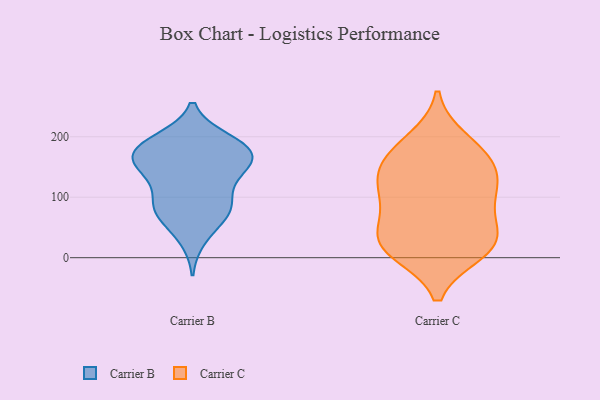
{"axis": {"x": "Satisfaction Score", "y": "Value"}, "legend": ["Carrier B", "Carrier C"], "data": [{"x": "", "y": 194, "type": "Carrier B"}, {"x": "", "y": 164, "type": "Carrier B"}, {"x": "", "y": 168, "type": "Carrier B"}, {"x": "", "y": 180, "type": "Carrier B"}, {"x": "", "y": 141, "type": "Carrier B"}, {"x": "", "y": 195, "type": "Carrier B"}, {"x": "", "y": 126, "type": "Carrier B"}, {"x": "", "y": 67, "type": "Carrier B"}, {"x": "", "y": 181, "type": "Carrier B"}, {"x": "", "y": 32, "type": "Carrier B"}, {"x": "", "y": 76, "type": "Carrier B"}, {"x": "", "y": 90, "type": "Carrier B"}, {"x": "", "y": 82, "type": "Carrier B"}, {"x": "", "y": 153, "type": "Carrier B"}, {"x": "", "y": 175, "type": "Carrier B"}, {"x": "", "y": 148, "type": "Carrier B"}, {"x": "", "y": 87, "type": "Carrier B"}, {"x": "", "y": 194, "type": "Carrier C"}, {"x": "", "y": 103, "type": "Carrier C"}, {"x": "", "y": 162, "type": "Carrier C"}, {"x": "", "y": 25, "type": "Carrier C"}, {"x": "", "y": 10, "type": "Carrier C"}, {"x": "", "y": 58, "type": "Carrier C"}, {"x": "", "y": 37, "type": "Carrier C"}, {"x": "", "y": 175, "type": "Carrier C"}, {"x": "", "y": 141, "type": "Carrier C"}, {"x": "", "y": 144, "type": "Carrier C"}, {"x": "", "y": 106, "type": "Carrier C"}, {"x": "", "y": 18, "type": "Carrier C"}, {"x": "", "y": 18, "type": "Carrier C"}, {"x": "", "y": 103, "type": "Carrier C"}]}